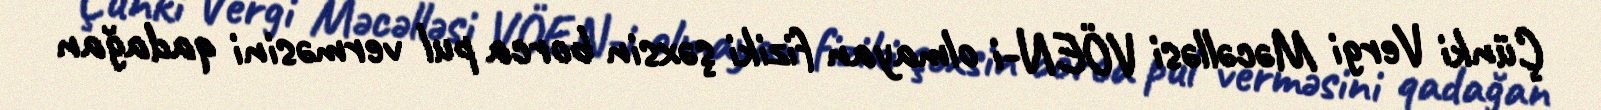
Çünki Vergi Məcəlləsi VÖEN-i olmayan fiziki şəxsin borca pul verməsini qadağan